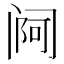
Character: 𬮰